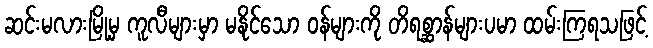
ဆင်းမလားမြို့မှ ကူလီများမှာ မနိုင်သော ဝန်များကို တိရစ္ဆာန်များပမာ ထမ်းကြရသဖြင့်